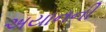
અયાનની